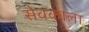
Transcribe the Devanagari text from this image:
सेवकाला